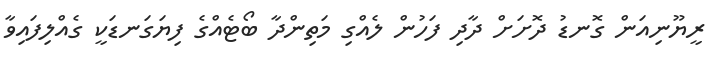
ރީޔޫނިއަން ގޮނޑު ދޮށަށް ދާދި ފަހުން ލެއްގި މަތިންދާ ބޯޓެއްގެ ފިޔަގަނޑަކީ ގެއްލިފައިވާ